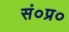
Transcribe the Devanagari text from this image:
सं०प्र०